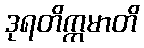
ဒုရတိက္ကမာတိ